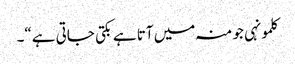
کلمونہی جو منہ میں آتا ہے بکتی جاتی ہے“۔